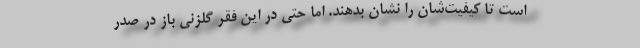
است تا کیفیت‌شان را نشان بدهند. اما حتی در این فقر گلزنی باز در صدر